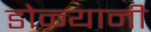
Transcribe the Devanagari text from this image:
डोळ्यानी